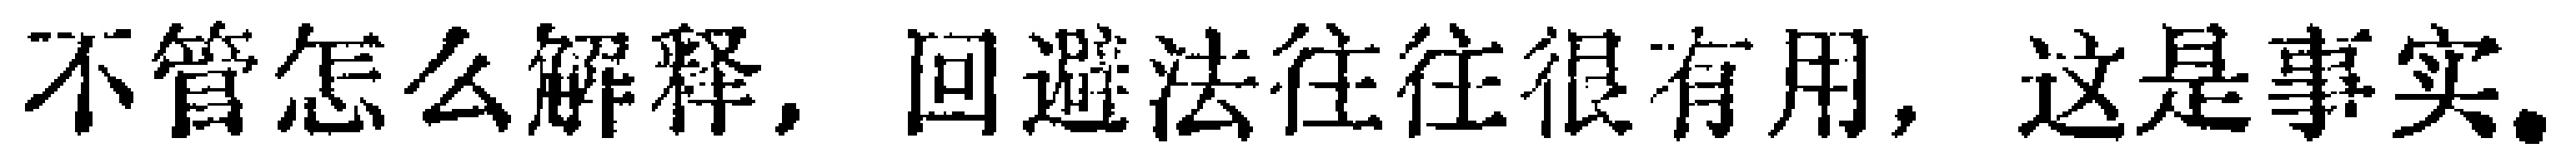
不管怎么解释，回避法往往很有用，这是事实。